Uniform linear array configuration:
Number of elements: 4
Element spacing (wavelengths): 0.75
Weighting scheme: cosine
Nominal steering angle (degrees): -60
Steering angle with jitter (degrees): -58.501
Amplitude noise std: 0.05
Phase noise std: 0.05

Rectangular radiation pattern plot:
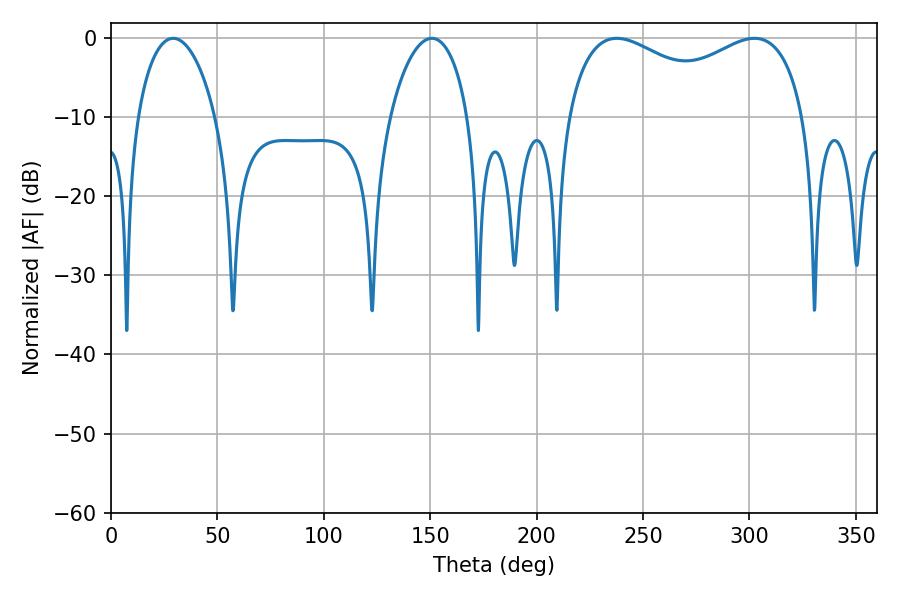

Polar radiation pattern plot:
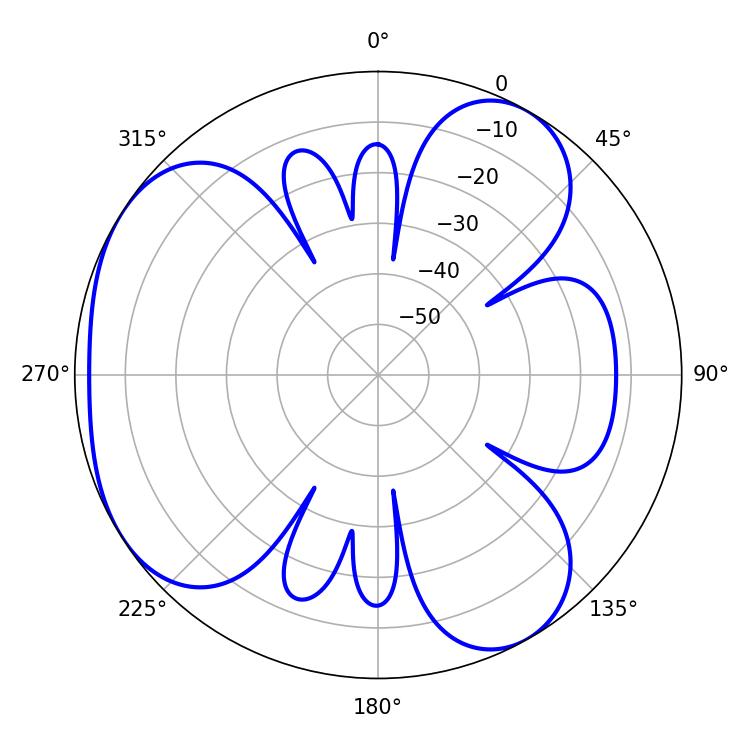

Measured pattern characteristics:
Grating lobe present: TRUE
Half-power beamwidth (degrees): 93.24
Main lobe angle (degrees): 302.4